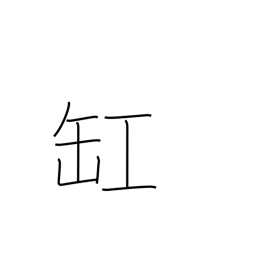
Meaning: urn